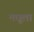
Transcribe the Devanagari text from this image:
मधूला